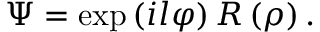
\Psi = \exp \left( i l \varphi \right) R \left( \rho \right) .